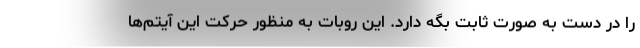
را در دست به صورت ثابت بگه دارد. این روبات به منظور حرکت این آیتم‌ها